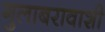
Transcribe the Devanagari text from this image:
गुलाबरावाशी